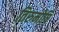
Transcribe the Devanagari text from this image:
तिरुमोष़ि